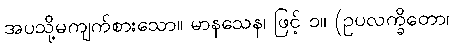
အပသို့မကျက်စားသော။ မာနသေန၊ ဖြင့် ၁။ (ဥပလက္ခိတော၊